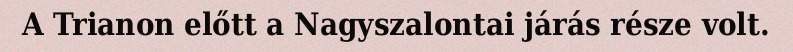
A Trianon előtt a Nagyszalontai járás része volt.